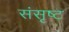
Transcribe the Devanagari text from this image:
संसृष्ट